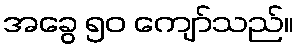
အခွေ ၅၀ ကျော်သည်။